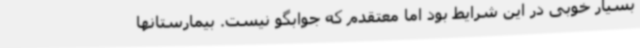
بسیار خوبی در این شرایط بود اما معتقدم که جوابگو نیست. بیمارستانها